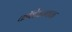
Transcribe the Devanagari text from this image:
कॉलेजजवळ